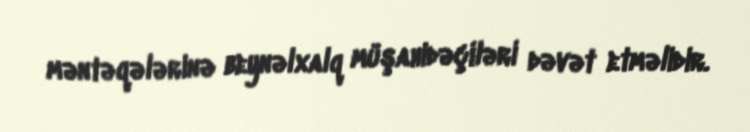
məntəqələrinə beynəlxalq müşahidəçiləri dəvət etməlidir.